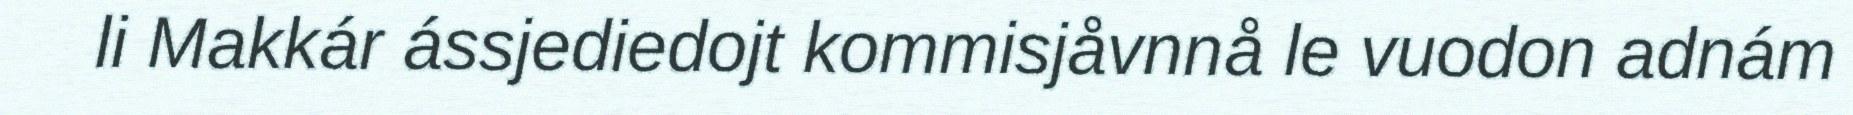
li Makkár ássjediedojt kommisjåvnnå le vuodon adnám